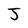
Character: J